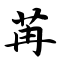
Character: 苒